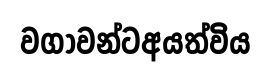
වගාවන්ටඅයත්විය